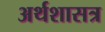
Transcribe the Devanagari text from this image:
अर्थशासत्र